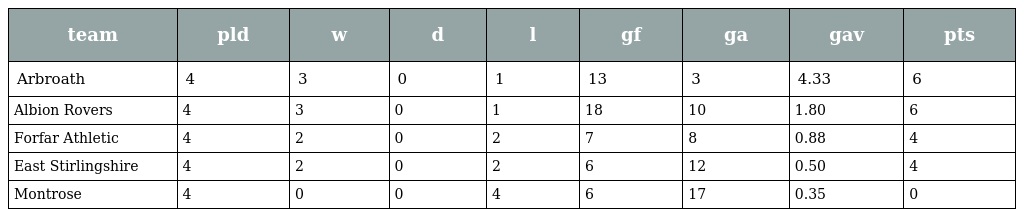
| team | pld | w | d | l | gf | ga | gav | pts |
 | --- | --- | --- | --- | --- | --- | --- | --- | --- |
 | Arbroath | 4 | 3 | 0 | 1 | 13 | 3 | 4.33 | 6 |
 | Albion Rovers | 4 | 3 | 0 | 1 | 18 | 10 | 1.80 | 6 |
 | Forfar Athletic | 4 | 2 | 0 | 2 | 7 | 8 | 0.88 | 4 |
 | East Stirlingshire | 4 | 2 | 0 | 2 | 6 | 12 | 0.50 | 4 |
 | Montrose | 4 | 0 | 0 | 4 | 6 | 17 | 0.35 | 0 |